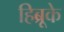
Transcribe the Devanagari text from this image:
हिब्रूके